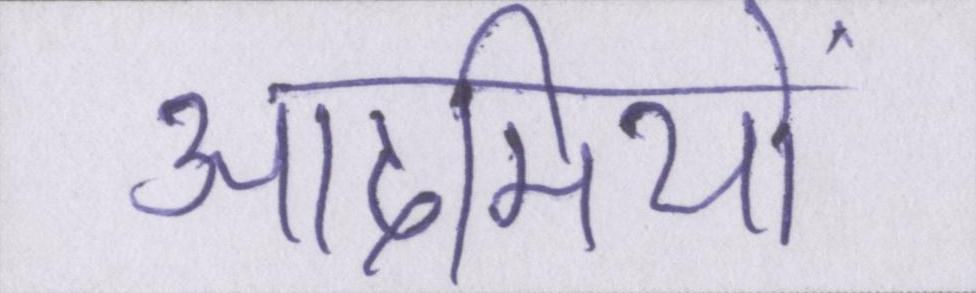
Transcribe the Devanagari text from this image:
आदमियों